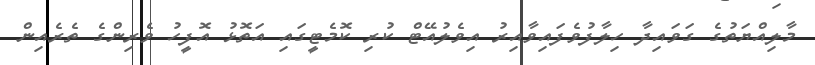
މާލިއްޔަތުގެ ގަވައިދާ ހިލާފުވެފައިވާއިރު އިވެލުއޭޓް ކުރި ކޮމެޓީގައި އަތޮޅު އޮފީހު ވެރިންގެ ތެރެއިން